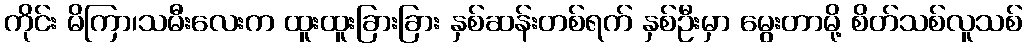
ကိုင်း မိကြာ၊သမီးလေးက ထူးထူးခြားခြား နှစ်ဆန်းတစ်ရက် နှစ်ဦးမှာ မွေးတာမို့ စိတ်သစ်လူသစ်